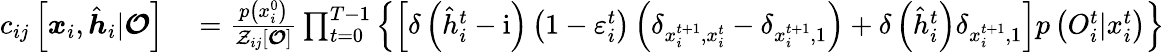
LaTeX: \begin{array}{rl}{c_{ij}\left[\boldsymbol{x}_{i},\hat{\boldsymbol{h}}_{i}|\boldsymbol{\mathcal{O}}\right]}&{{}=\frac{p\left(x_{i}^{0}\right)}{\mathcal{Z}_{ij}[\boldsymbol{\mathcal{O}}]}\prod_{t=0}^{T-1}\left\{ \left[\delta\left(\hat{h}_{i}^{t}-\mathrm{i}\right)\left(1-\varepsilon_{i}^{t}\right)\left(\delta_{x_{i}^{t+1},x_{i}^{t}}-\delta_{x_{i}^{t+1},1}\right)+\delta\left(\hat{h}_{i}^{t}\right)\delta_{x_{i}^{t+1},1}\right]p\left({O}_{i}^{t}|x_{i}^{t}\right)\right\} }\end{array}